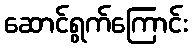
ဆောင်ရွက်ကြောင်း